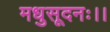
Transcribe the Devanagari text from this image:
मधुसूदनः।।